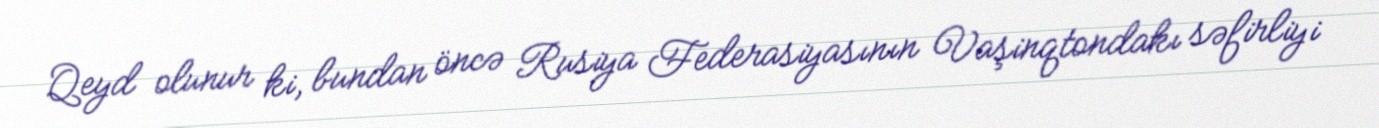
Qeyd olunur ki, bundan öncə Rusiya Federasiyasının Vaşinqtondakı səfirliyi